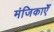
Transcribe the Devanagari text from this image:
मंजिकाएँ